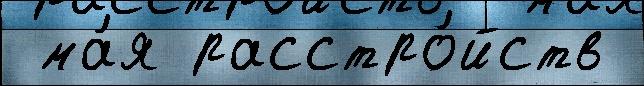
 ма́я расстро́йств